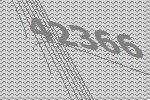
42366